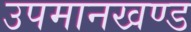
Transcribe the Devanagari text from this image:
उपमानखण्ड